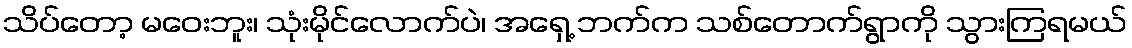
သိပ်တော့ မဝေးဘူး၊ သုံးမိုင်လောက်ပဲ၊ အရှေ့ ဘက်က သစ်တောက်ရွာကို သွားကြရမယ်